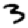
Digit: 3